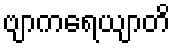
ဗျာကရေယျာတိ